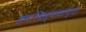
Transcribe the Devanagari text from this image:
समाधिस्थळाच्या